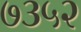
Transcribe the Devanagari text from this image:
७३५२